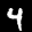
Label: 4